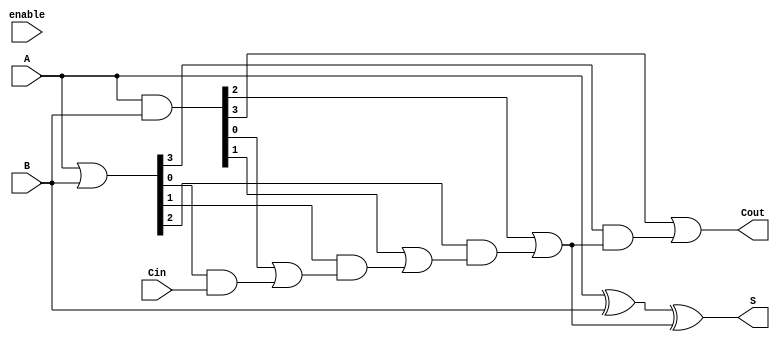
module VariableLatencyCLA #(parameter N = 4) (
    input  [N-1:0] A,        // First n-bit input
    input  [N-1:0] B,        // Second n-bit input
    input         Cin,        // Carry-in
    input         enable,     // Control signal for variable latency
    output [N-1:0] S,        // n-bit sum output
    output        Cout        // Carry-out
);

    wire [N-1:0] G;          // Generate signals
    wire [N-1:0] P;          // Propagate signals
    wire [N:0] C;            // Carry signals

    // Generate and Propagate calculations
    assign G = A & B;        // Gi = Ai AND Bi
    assign P = A | B;        // Pi = Ai OR Bi

    // Carry calculations
    assign C[0] = Cin;       // C0 = Cin
    genvar i;
    generate
        for (i = 0; i < N; i = i + 1) begin : carry_calc
            assign C[i + 1] = G[i] | (P[i] & C[i]); // Ci+1 = Gi + (Pi AND Ci)
        end
    endgenerate

    // Sum calculations
    assign S = A ^ B ^ C[N-1]; // Si = Ai XOR Bi XOR Ci

    // Carry-out
    assign Cout = C[N];       // Cout = Cn

endmodule